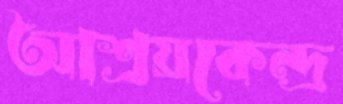
আশ্রয়কেন্দ্র